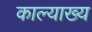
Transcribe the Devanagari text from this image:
काल्याख्य